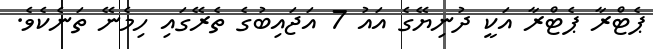
ޕެޓްރާ ޕެޓްރާ އަކީ ދުނިޔޭގެ އައު 7 އަޖައިބުގެ ތެރޭގައި ހިމެނޭ ތަނެކެވެ.